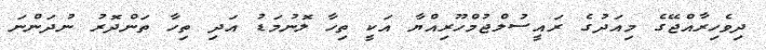
ދިވެހިރާއްޖޭގެ މިއަދުގެ ރައީސުލްޖުމްހޫރިއްޔާ އަކީ ތިހާ ލޮނުމަޑު އަދި ތިހާ ތަންދޮރު ނުދަންނަ